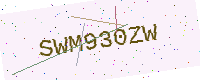
Text: SWM930ZW